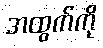
အထွက်ကို